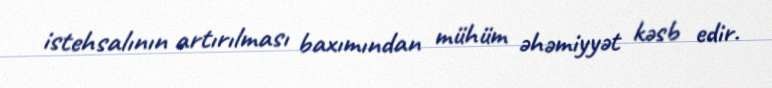
istehsalının artırılması baxımından mühüm əhəmiyyət kəsb edir.